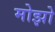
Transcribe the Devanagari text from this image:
मोझो